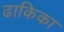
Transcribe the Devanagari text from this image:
ढाकिका